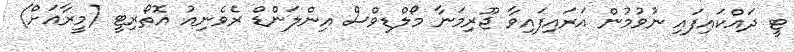
ޓީ ދައްކައިފައި ނުވުމުން އަރައިފައިވާ ޖޫރިމަނާ މޯލްޑިވްސް އިންލަންޑް ރެވެނިއު އޮތޯރިޓީ (މީރާއަށް)